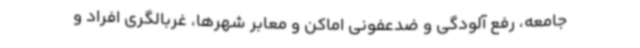
جامعه، رفع آلودگی و ضدعفونی اماکن و معابر شهرها، غربالگری افراد و